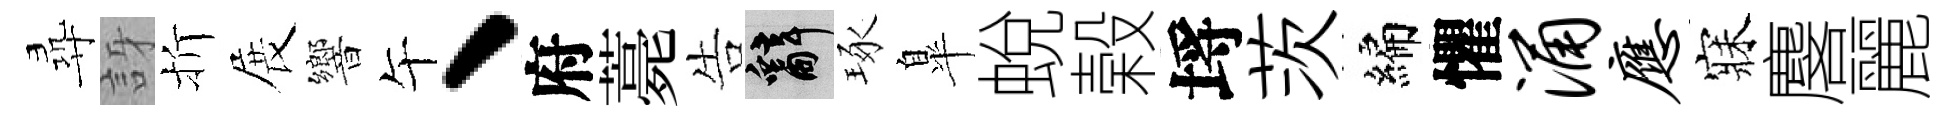
尋訝折展響午、府薧告辭琢臯蛻榖埓茨編懼涌应寐麐麗